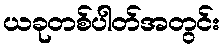
ယခုတစ်ပါတ်အတွင်း